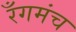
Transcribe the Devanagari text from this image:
रँगमंच